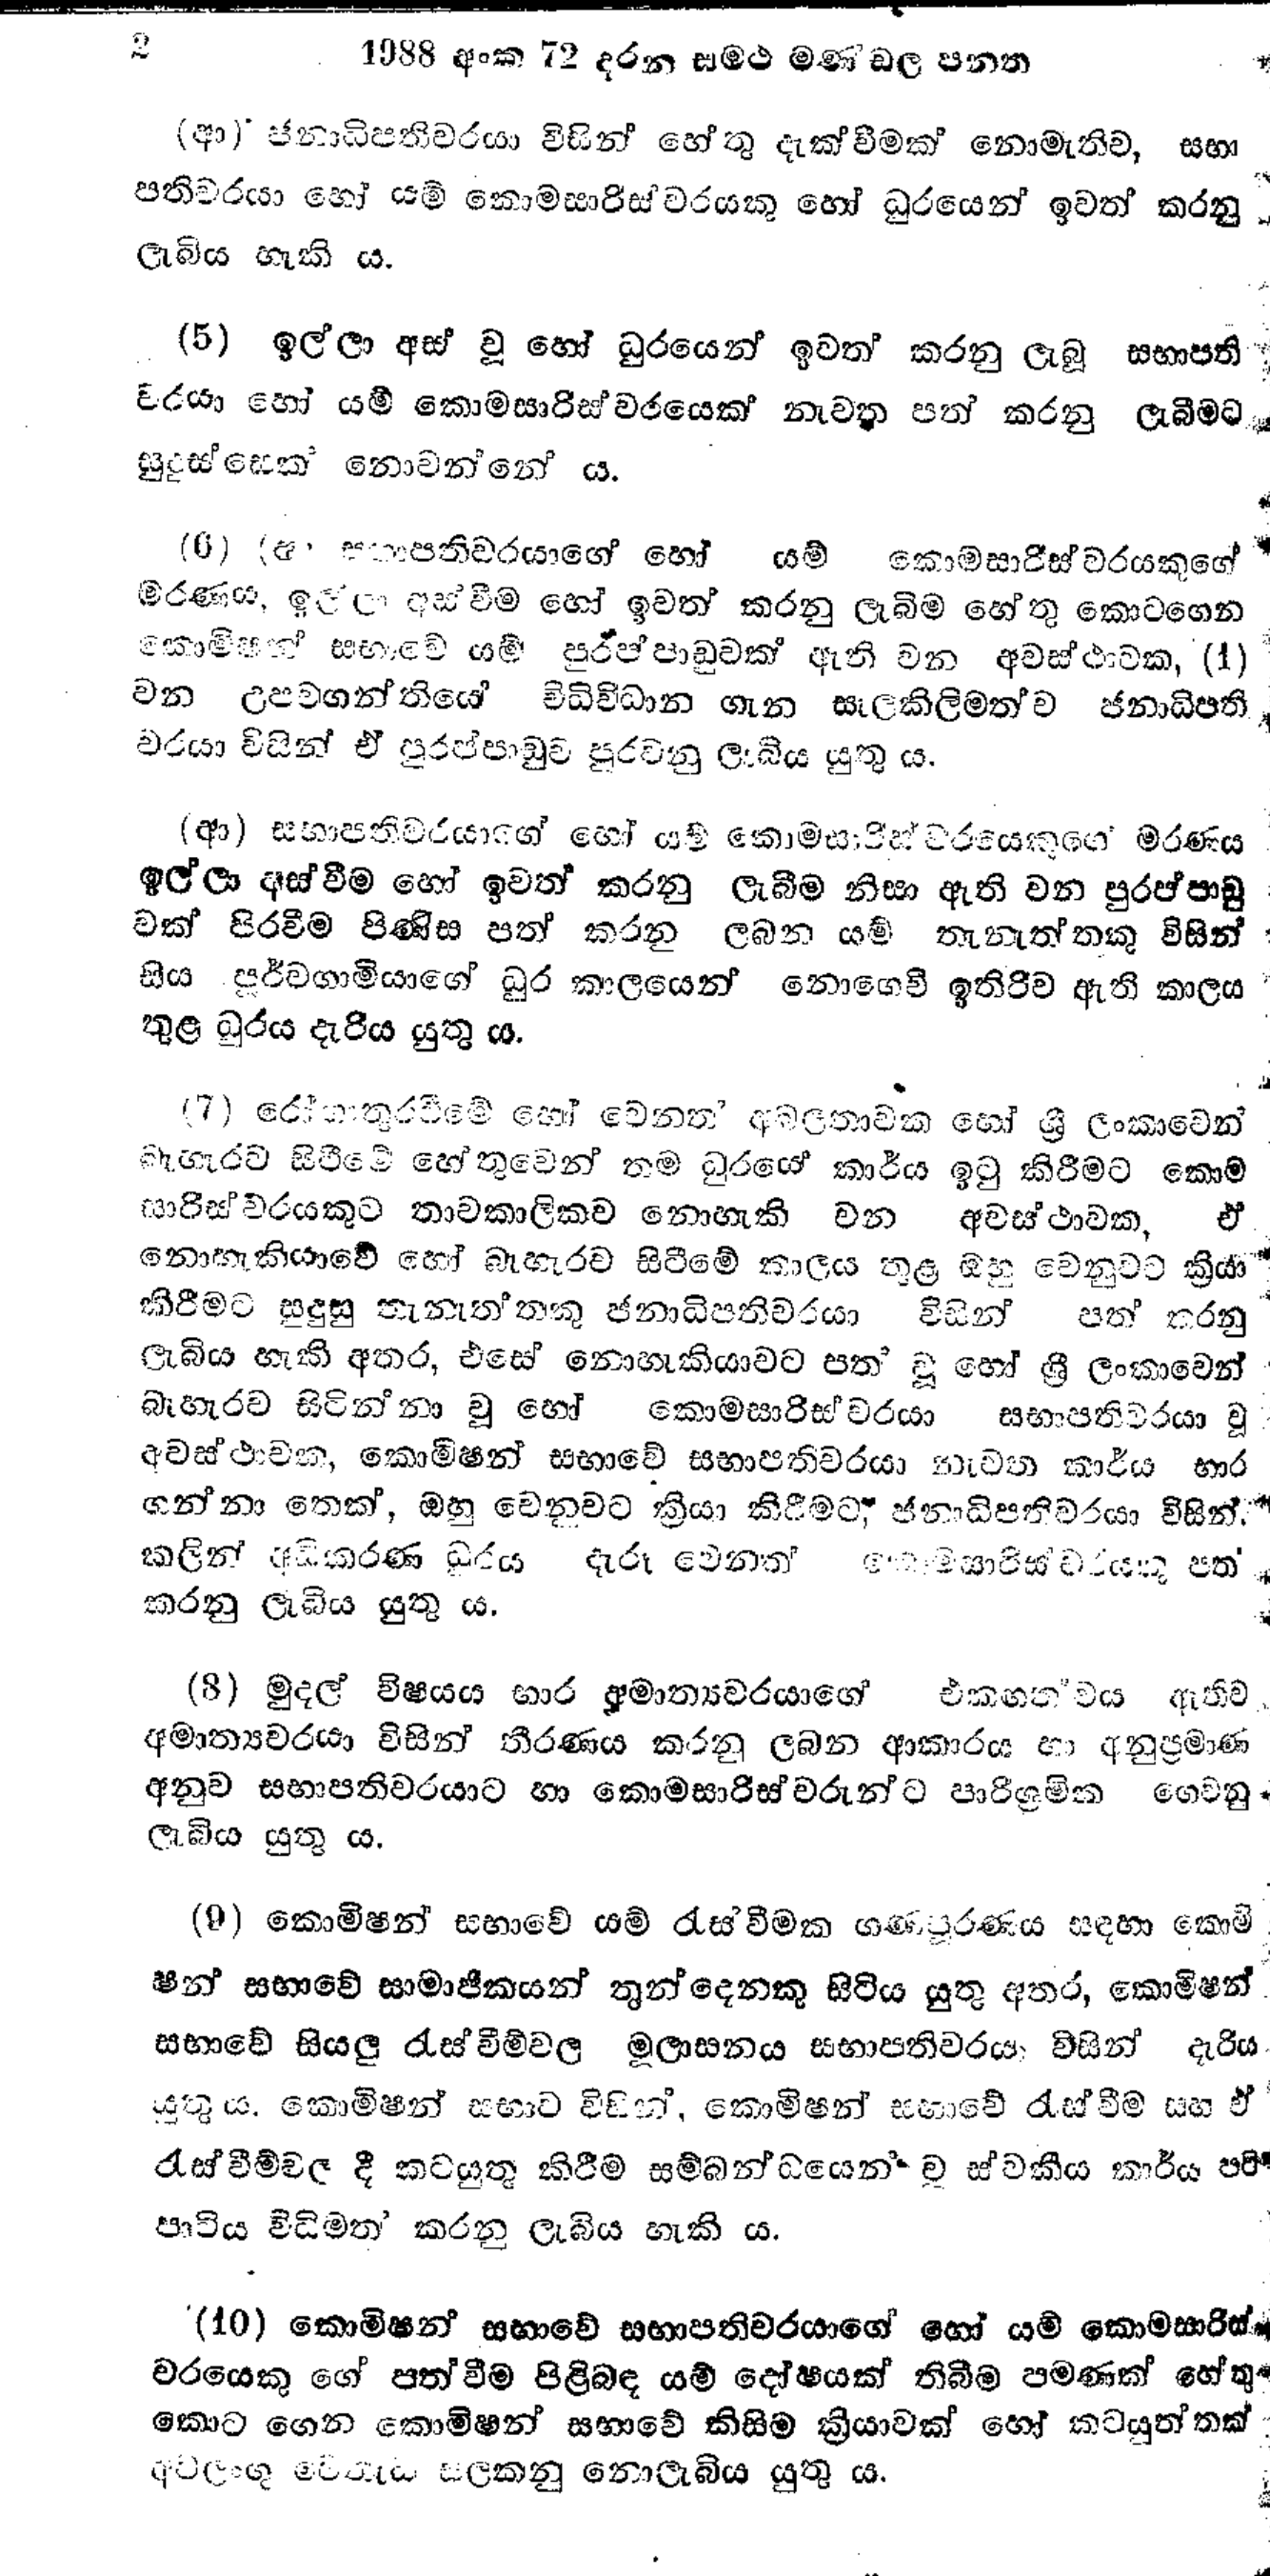
2 1988 අංක 72 දරන සමථ මණ්‌ඩල පනත

(ආ) ජනාධිපතිවරයා විසින් හේතු දැක්වීමක් නොමැතිව, සභා
පතිවරයා හෝ යම් කොමසාරිස්වරයකු හෝ ධුරයෙන් ඉවත් කරනු
ලැබිය හැකි ය.

(5) ඉල්ලා අස් වූ හෝ ධුරයෙන් ඉවත් කරනු ලැබූ සභාපති
වරයා හෝ යම් කොමසාරිස්වරයෙක් නැවත පත් කරනු ලැබීමට
සුදුස්සෙක් නොවන්නේ ය.

(6) (අ) සභාපතිවරයාගේ හෝ යම් කොමසාරිස්වරයකුගේ
මරණය, ඉල්ලා අස්වීම හෝ ඉවත් කරනු ලැබීම හේතු කොටගෙන
කොමිසන් සභාවේ යම් පුරප්පාඩුවක් ඇති වන අවස්ථාවක, (1)
වන උපවගන්තියේ විධිවිධාන ගැන සැලකිලිමත්ව ජනාධිපති
වරයා විසින් ඒ පුරප්පාඩුව පුරවනු ලැබිය යුතු ය.

(ආ) සභාපතිවරයාගේ හෝ යම් කොමසාරිස්වරයෙකුගේ මරණය
ඉල්ලා අස්වීම හෝ ඉවත් කරනු ලැබීම නිසා ඇති වන පුරප්පාඩු
වක් පිරවීම පිණිස පත් කරන ලබන යම් තැනැත්තකු විසින්
සිය පූර්වගාමියාගේ ධුර කාලයෙන් නොගෙවී ඉතිරිව ඇති කාලය
තුළ ධුරය දැරිය යුතු ය.

(7) රෝගාතුරවීමේ හෝ වෙනත්  අබලතාවක හෝ ශ්‍රී ලංකාවෙන්
බැහැරව සිටීමේ හේතුවෙන් තම ධූරයේ කාර්ය ඉටු කිරීමට කොම
සාරිස්වරයකුට තාවකාලිකව නොහැකි වන අවස්ථාවක, ඒ
නොහැකියාවේ හෝ බැහැරව සිටීමේ කාලය තුළ ඔහු වෙනුවට ක්‍රියා
කිරීමට සුදුසු තැනැත්තකු ජනාධිපතිවරයා විසින් පත් කරනු
ලැබිය හැකි අතර, එසේ නොහැකියාවට පත් වූ හෝ ශ්‍රී ලංකාවෙන්
බැහැරව සිටින්නා වූ හෝ කොමසාරිස්වරයා සභාපතිවරයා වූ
අවස්ථාවක, කොමිෂන් සභාවේ සභාපතිවරයා නැවත කාර්ය භාර
ගන්නා තෙක්, ඔහු වෙනවට ක්‍රියා කිරීමට, ජනාධිපතිවරයා විසින්.
කලින් අධිකරණ ධූරය දැරූ වෙනත් කොමසාරිස්වරයෙකු පත්
කරනු ලැබිය යුතු ය.

(8) මුදල් විෂයය භාර අමාත්‍යවරයාගේ එකඟත්වය ඇතිව
අමාත්‍යවරයා විසින් තීරණය කරනු ලබන ආකාරය හා අනුප්‍රමාණ
අනුව සභාපතිවරයාට හා කොමසාරිස්වරුන්ට පාරිශ්‍රමික ගෙවනු
ලැබිය යුතු ය.

(9) කොමිෂන් සභාවේ යම් රැස්වීමක ගණපුරණය සඳහා කොමි
ෂන් සභාවේ සාමාජිකයන් තුන්දෙනකු සිටිය යුතු අතර, කොමිෂන්
සභාවේ සියලු රැස්වීම්වල මූලාසනය සභාපතිවරයා විසින් දැරිය
යුතුය. කොමිෂන් සභාව විසින්, කොමිෂන් සභාවේ රැස්වීම සහ ඒ
රැස්වීම්වල දී කටයුතු කිරීම සම්බන්ධයෙන් වූ ස්වකීය කාර්ය පටි
පාටිය විධිමත් කරනු ලැබිය හැකි ය.

(10) කොමිෂන් සභාවේ සභාපතිවරයාගේ හෝ යම් කොමසාරිස්
වරයෙකුගේ පත්වීම පිළිබඳ යම් දෝෂයක් තිබීම පමණක් හේතු
කොට ගෙන කොමිෂන් සභාවේ කිසිම ක්‍රියාවක් හෝ කටයුත්තක්
අවලංගු වෙතැයි සලකනු නොලැබිය යුතු ය.